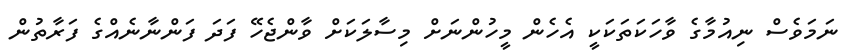
ނަމަވެސް ނިއުމާގެ ވާހަކަތަކަކީ އެހެން މީހުންނަށް މިސާލަކަށް ވާންޖެހޭ ފަދަ ފަންނާނެއްގެ ފަރާތުން